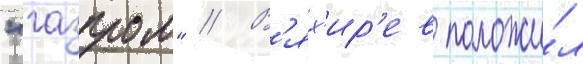
"газпром" // В'ях'ир'ев положи́л